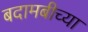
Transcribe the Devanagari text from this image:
बदामबीच्या